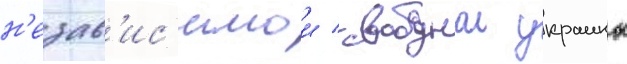
н'езав'ис'имои / свободнои украины